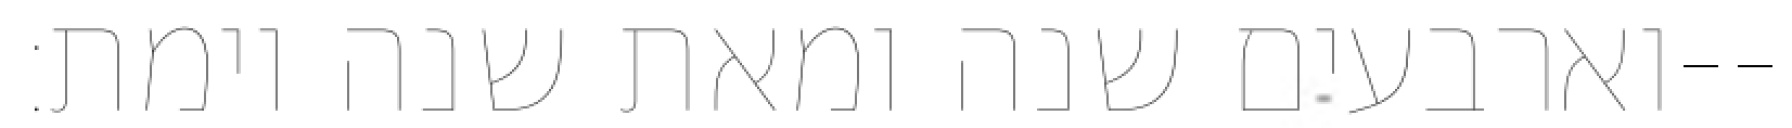
וארבעים שנה ומאת שנה וימת׃--